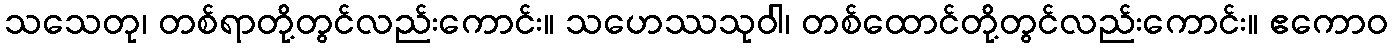
သသေတု၊ တစ်ရာတို့တွင်လည်းကောင်း။ သဟေဿသုဝါ၊ တစ်ထောင်တို့တွင်လည်းကောင်း။ ဧကောဝ